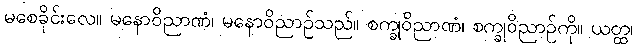
မစေခိုင်းလေ။ မနောဝိညာဏံ၊ မနောဝိညာဉ်သည်။ စက္ခုဝိညာဏံ၊ စက္ခုဝိညာဉ်ကို။ ယတ္ထ၊